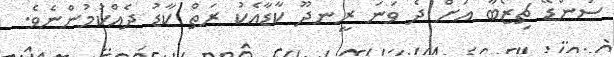
ސަންޑޭ ޗިޒޯބާ އަށް ދެ ވަނަ ރީނދޫ ކާޑާއެކު ރަތް ކާޑު ދެއްކުމުންނެވެ.